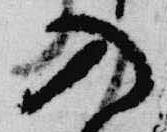
入